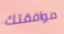
موافقتك